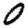
Digit: 0